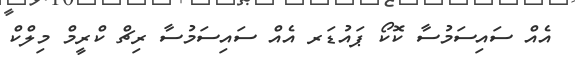
އެއް ސައިސަމުސާ ކޮކޯ ޕައުޑަރ އެއް ސައިސަމުސާ ރިޗް ކްރީމް މިލްކް